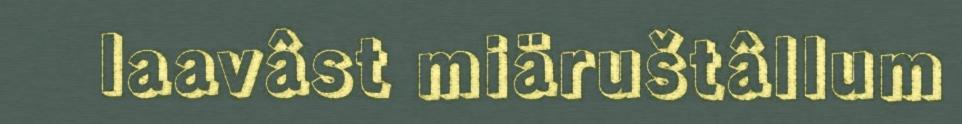
laavâst miäruštâllum